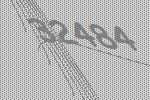
32484